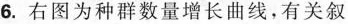
6.右图为种群数量增长曲线，有关叙